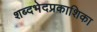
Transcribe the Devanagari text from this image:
शब्दभेदप्रकाशिका